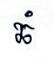
ឆំ